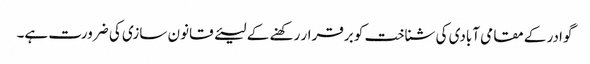
گوادر کے مقامی آبادی کی شناخت کو برقرار رکھنے کے لیئے قانون سازی کی ضرورت ہے۔